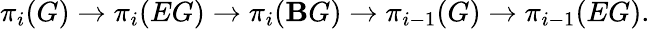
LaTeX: \pi_{i}(G)\rightarrow\pi_{i}(EG)\rightarrow\pi_{i}(\mathbf{B}G)\rightarrow\pi_{i-1}(G)\rightarrow\pi_{i-1}(EG).